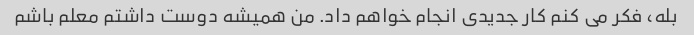
بله، فکر می کنم کار جدیدی انجام خواهم داد. من همیشه دوست داشتم معلم باشم